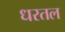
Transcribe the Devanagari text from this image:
धरतल